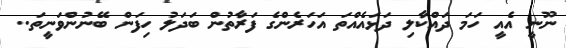
ނޫނީ އެއީ ހަމަ ދައްކާލި ދަޅައެއްތަ އަހަރެންގެ ފަރާތުން ބަދަލު ހިފަން ބޭނުންވަނީތަ..